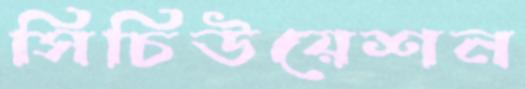
সিচিউয়েশন